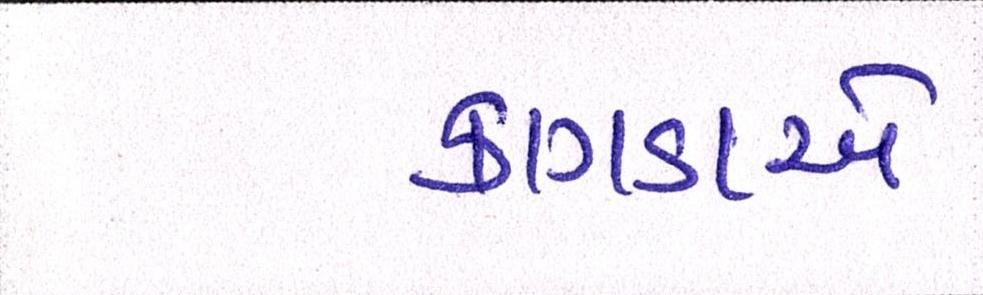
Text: કાગડાએ